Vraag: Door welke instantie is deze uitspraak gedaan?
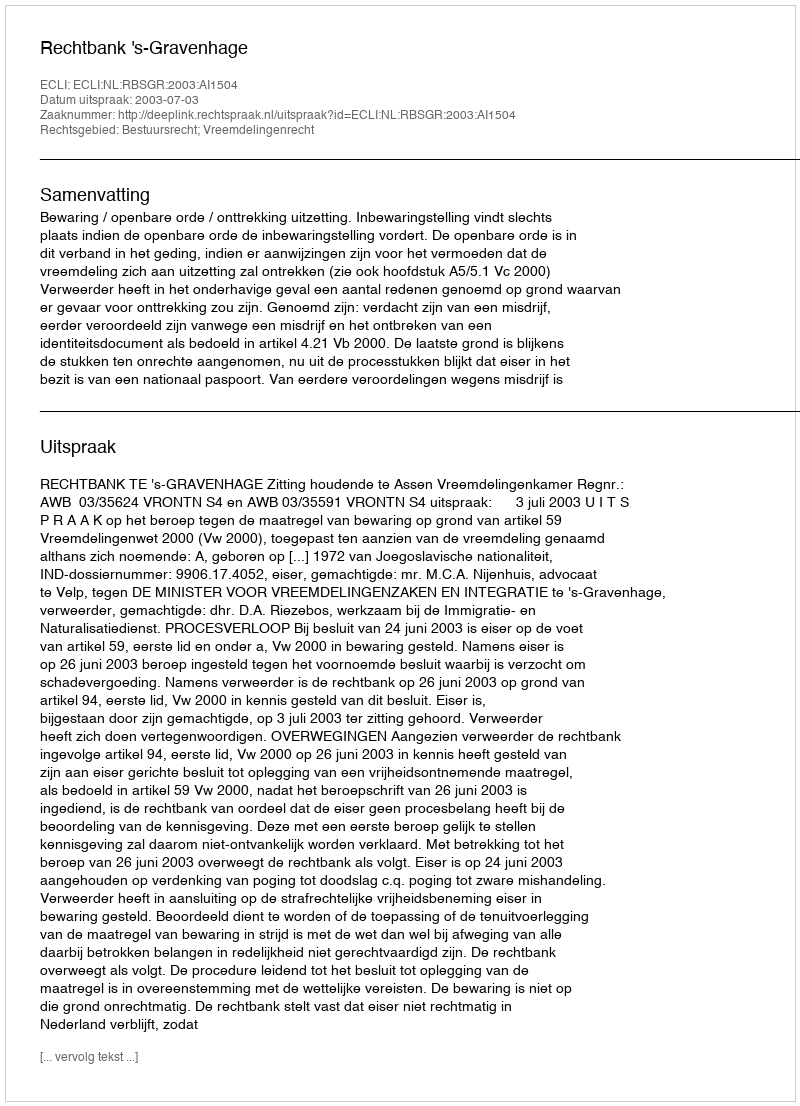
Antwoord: Rechtbank 's-Gravenhage